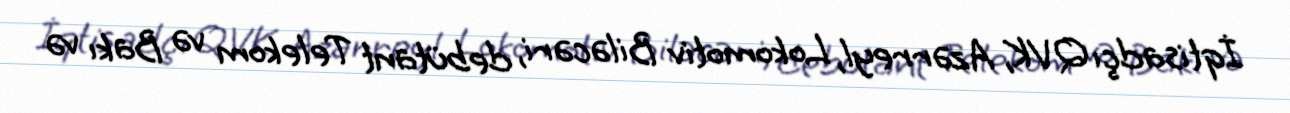
İqtisadçı QVK, Azərreyl, Lokomotiv Biləcəri, debütant Telekom və Bakı və